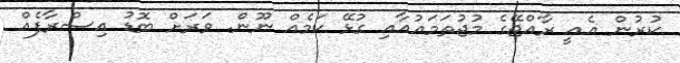
ކުރުން އެއީ ރާއްޖޭގެ މުޖުތަމަޢުއާއި ގުޅޭ ކަމެއް ނޫން. ވަރަށް ބޮޑު އިސްރާފެއް